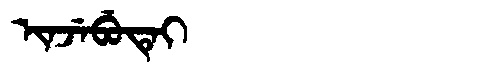
Manchu: ᡳᠨᠵᡝᠪᡠᡨᡝᡳ
Romanization: INJEBUTEI